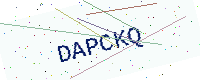
Text: DAPCKQ